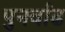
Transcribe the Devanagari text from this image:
पुनर्वाढ